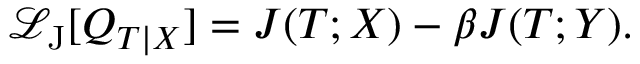
\mathcal { L } _ { \mathrm { J } } [ Q _ { T | X } ] = J ( T ; X ) - \beta J ( T ; Y ) .